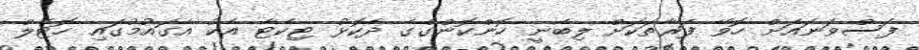
ފަސްވަނައަށް ހޮވޭ ފަރާތަކަށް ލިބެނީ ހޮންކޮންގްގެ ދެކޮޅު ޓިކެޓާ އެކު އެގައުމުގައި ހޮޓެލް